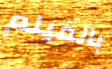
بالفيلم